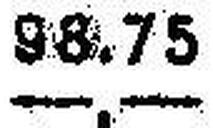
—.—